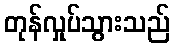
တုန်လှုပ်သွားသည်